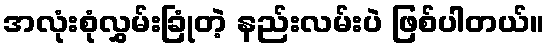
အလုံးစုံလွှမ်းခြုံတဲ့ နည်းလမ်းပဲ ဖြစ်ပါတယ်။